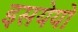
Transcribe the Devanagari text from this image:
इसयेयो